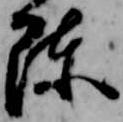
陳